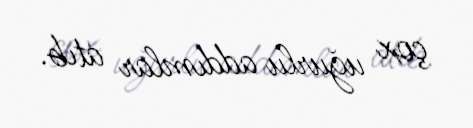
çox uğurlu addımlar atıb.